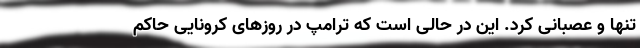
تنها و عصبانی کرد. این در حالی است که ترامپ در روزهای کرونایی حاکم